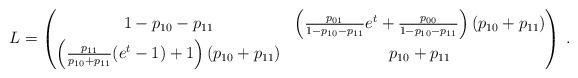
LaTeX: \begin{align*} L = \begin{pmatrix} 1-p_{10}-p_{11} & \left(\frac{p_{01}}{ 1-p_{10}-p_{11} } e^t + \frac{p_{00}}{ 1-p_{10}-p_{11} }\right)(p_{10}+p_{11})\\ \left(\frac{p_{11}}{p_{10}+p_{11}} (e^t-1)+1\right)(p_{10}+p_{11})& p_{10}+p_{11} \end{pmatrix} \, . \end{align*}